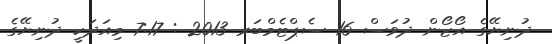
ދުނިޔޭގެ އޯޒޯން ދުވަސް 16 ސެޕްޓެމްބަރ 2013 : 7:17 މިއަދަކީ ދުނިޔޭގެ